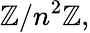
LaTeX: \mathbb{Z}/n^{2}\mathbb{Z},